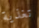
تغذية